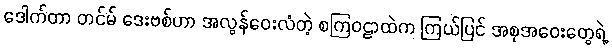
ဒေါက်တာ တင်မ် ဒေးဗစ်ဟာ အလွန်ဝေးလံတဲ့ စကြဝဠာထဲက ကြယ်ပြင် အစုအဝေးတွေရဲ့